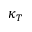
\kappa _ { T }